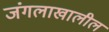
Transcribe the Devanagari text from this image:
जंगलाखालील